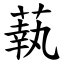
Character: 蓻